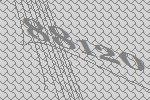
88120